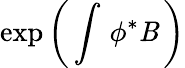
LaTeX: \exp\left(\, \int\, \phi^{*}\mathit{B}\, \right)